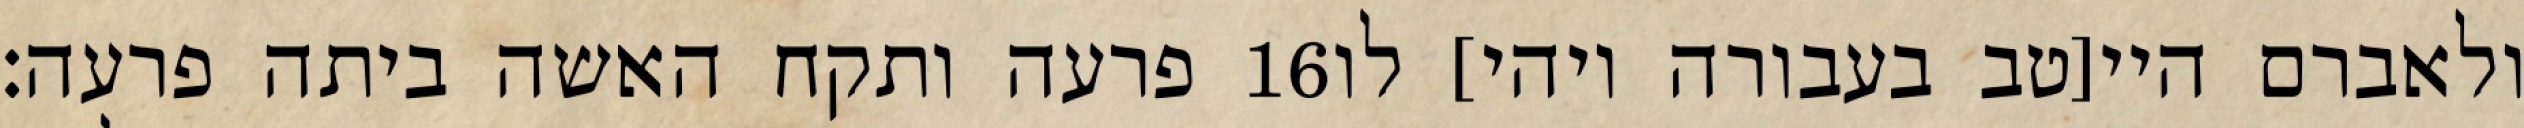
פרעה ותקח האשה ביתה פרעה׃ ‎16‏ ולאברם היי[טב בעבורה ויהי] לו